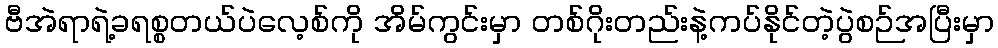
ဗီအဲရာရဲ့ခရစ္စတယ်ပဲလေ့စ်ကို အိမ်ကွင်းမှာ တစ်ဂိုးတည်းနဲ့ကပ်နိုင်တဲ့ပွဲစဉ်အပြီးမှာ